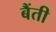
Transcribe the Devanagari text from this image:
बैंती